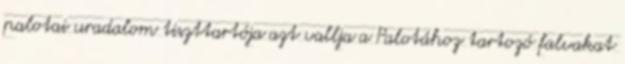
palotai uradalom tiszttartója azt vallja a Palotához tartozó falvakat